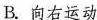
B. 向右运动